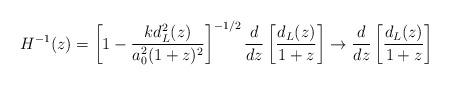
LaTeX: \begin{align*}H^{-1}(z) = \left[ 1 - \frac{k d^2_L(z)}{a_0^2(1+z)^2}\right]^{-1/2} \frac{d}{dz} \left[ \frac{d_L(z)}{1+z}\right] \to \frac{d}{dz} \left[\frac{d_L(z)}{1+z}\right] \end{align*}